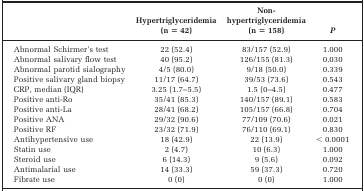
<table><thead><tr><td></td><td><b>Hypertriglyceridemia (n = 42)</b></td><td><b>Non- hypertriglyceridemia (n = 158)</b></td><td><b><i>P</i></b></td></tr></thead><tbody><tr><td>Abnormal Schirmer&#x27;s test</td><td>22 (52.4)</td><td>83/157 (52.9)</td><td>1.000</td></tr><tr><td>Abnormal salivary flow test</td><td>40 (95.2)</td><td>126/155 (81.3)</td><td>0.030</td></tr><tr><td>Abnormal parotid sialography</td><td>4/5 (80.0)</td><td>9/18 (50.0)</td><td>0.339</td></tr><tr><td>Positive salivary gland biopsy</td><td>11/17 (64.7)</td><td>39/53 (73.6)</td><td>0.543</td></tr><tr><td>CRP, median (IQR)</td><td>3.25 (1.7–5.5)</td><td>1.5 (0–4.5)</td><td>0.477</td></tr><tr><td>Positive anti-Ro</td><td>35/41 (85.3)</td><td>140/157 (89.1)</td><td>0.583</td></tr><tr><td>Positive anti-La</td><td>28/41 (68.2)</td><td>105/157 (66.8)</td><td>0.704</td></tr><tr><td>Positive ANA</td><td>29/32 (90.6)</td><td>77/109 (70.6)</td><td>0.021</td></tr><tr><td>Positive RF</td><td>23/32 (71.9)</td><td>76/110 (69.1)</td><td>0.830</td></tr><tr><td>Antihypertensive use</td><td>18 (42.9)</td><td>22 (13.9)</td><td>&lt; 0.0001</td></tr><tr><td>Statin use</td><td>2 (4.7)</td><td>10 (6.3)</td><td>1.000</td></tr><tr><td>Steroid use</td><td>6 (14.3)</td><td>9 (5.6)</td><td>0.092</td></tr><tr><td>Antimalarial use</td><td>14 (33.3)</td><td>59 (37.3)</td><td>0.720</td></tr><tr><td>Fibrate use</td><td>0 (0)</td><td>0 (0)</td><td>1.000</td></tr></tbody></table>